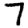
Digit: 7